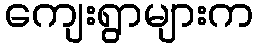
ကျေးရွာများက